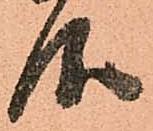
仰